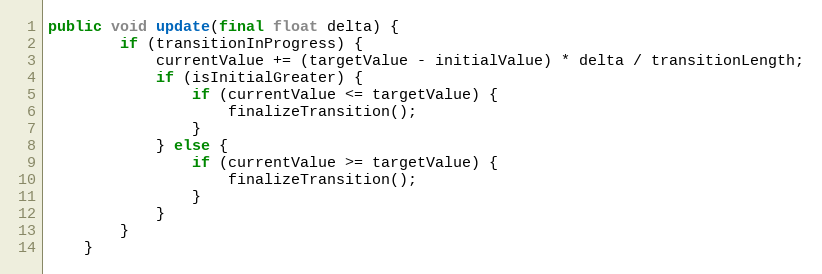
Language: Java
public void update(final float delta) {
        if (transitionInProgress) {
            currentValue += (targetValue - initialValue) * delta / transitionLength;
            if (isInitialGreater) {
                if (currentValue <= targetValue) {
                    finalizeTransition();
                }
            } else {
                if (currentValue >= targetValue) {
                    finalizeTransition();
                }
            }
        }
    }